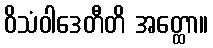
ဝိသံဝါဒေတီတိ အတ္ထော။